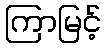
ကြာမြင့်